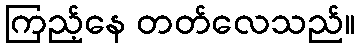
ကြည့်နေ တတ်လေသည်။